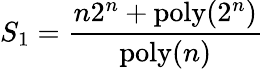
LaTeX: S_{1}=\frac{n2^{n}+\mathrm{poly}(2^{n})}{\mathrm{poly}(n)}